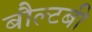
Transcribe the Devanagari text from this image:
बौल्टबी